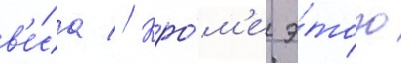
в'е́са // Кро́м'е э́того